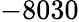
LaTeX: -8030